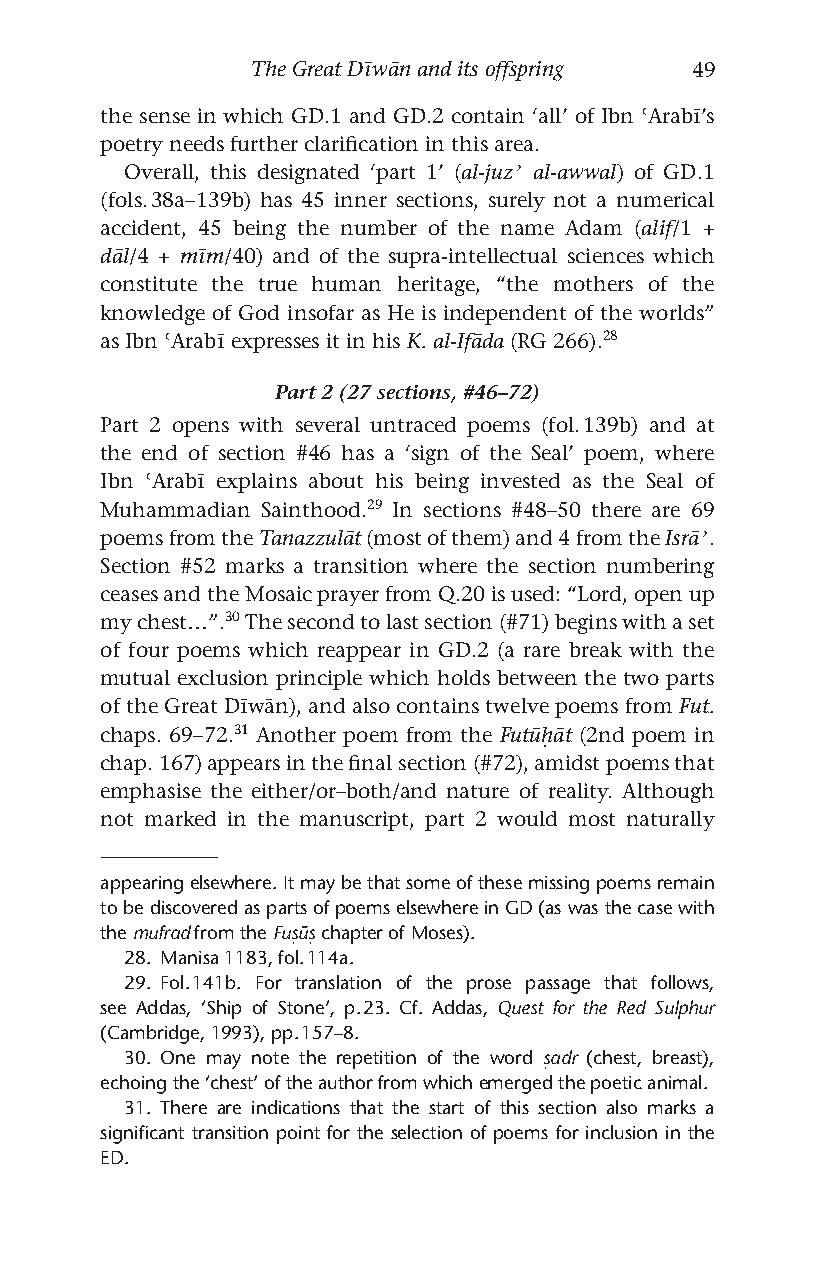
The Great Dīwān and its offspring 49
 the sense in which GD.1 and GD.2 contain ‘all’ of Ibn ʿArabī’s
 poetry needs further clarification in this area.
 Overall, this designated ‘part 1’ (al-juzʾ al-awwal) of GD.1
 (fols. 38a–139b) has 45 inner sections, surely not a numerical
 accident, 45 being the number of the name Adam (alif/1 +
 dāl/4 + mīm/40) and of the supra-intellectual sciences which
 constitute the true human heritage, “the mothers of the
 knowledge of God insofar as He is independent of the worlds”
 as Ibn ʿArabī expresses it in his K. al-Ifāda (RG 266).28
 Part 2 (27 sections, #46–72)
 Part 2 opens with several untraced poems (fol. 139b) and at
 the end of section #46 has a ‘sign of the Seal’ poem, where
 Ibn ʿArabī explains about his being invested as the Seal of
 Muhammadian Sainthood.29 In sections #48–50 there are 69
 poems from the Tanazzulāt (most of them) and 4 from the Isrāʾ.
 Section #52 marks a transition where the section numbering
 ceases and the Mosaic prayer from Q.20 is used: “Lord, open up
 my chest…”.30 The second to last section (#71) begins with a set
 of four poems which reappear in GD.2 (a rare break with the
 mutual exclusion principle which holds between the two parts
 of the Great Dīwān), and also contains twelve poems from Fut.
 chaps. 69–72.31 Another poem from the Futūḥāt (2nd poem in
 chap. 167) appears in the final section (#72), amidst poems that
 emphasise the either/or–both/and nature of reality. Although
 not marked in the manuscript, part 2 would most naturally
 appearing elsewhere. It may be that some of these missing poems remain
 to be discovered as parts of poems elsewhere in GD (as was the case with
 the mufrad from the Fuṣūṣ chapter of Moses).
 28. Manisa 1183, fol. 114a.
 29. Fol. 141b. For translation of the prose passage that follows,
 see Addas, ‘Ship of Stone’, p. 23. Cf. Addas, Quest for the Red Sulphur
 (Cambridge, 1993), pp. 157–8.
 30. One may note the repetition of the word ṣadr (chest, breast),
 echoing the ‘chest’ of the author from which emerged the poetic animal.
 31. There are indications that the start of this section also marks a
 significant transition point for the selection of poems for inclusion in the
 ED.